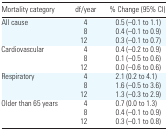
| Mortality category | df/year | % Change (95% CI) |
 | --- | --- | --- |
 | All cause | 4 | 0.5 (−0.1 to 1.1) |
 |  | 8 | 0.4 (−0.1 to 0.9) |
 |  | 12 | 0.3 (−0.1 to 0.7) |
 | Cardiovascular | 4 | 0.4 (−0.2 to 0.9) |
 |  | 8 | 0.1 (−0.5 to 0.6) |
 |  | 12 | 0.0 (−0.6 to 0.6) |
 | Respiratory | 4 | 2.1 (0.2 to 4.1) |
 |  | 8 | 1.6 (−0.5 to 3.6) |
 |  | 12 | 1.3 (−0.3 to 2.9) |
 | Older than 65 years | 4 | 0.7 (0.0 to 1.3) |
 |  | 8 | 0.4 (−0.1 to 0.9) |
 |  | 12 | 0.3 (−0.1 to 0.8) |